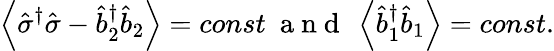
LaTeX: \left\langle\hat{\sigma}^{\dagger}\hat{\sigma}-\hat{b}_{2}^{\dagger}\hat{b}_{2}\right\rangle=const\mathrm{~\ a~n~d~\ }\left\langle\hat{b}_{1}^{\dagger}\hat{b}_{1}\right\rangle=const.